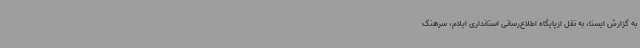
به گزارش ایسنا، به نقل ازپایگاه اطلاع‌رسانی استانداری ایلام، سرهنگ